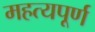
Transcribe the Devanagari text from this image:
महत्यपूर्ण